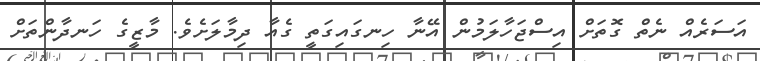
އަސަރެއް ނެތް ގޮތަށް އިސްޖަހާލަމުން އޭނާ ހިނގައިގަތީ ގެއާ ދިމާލަށެވެ. މާޒީގެ ހަނދާންތަށް